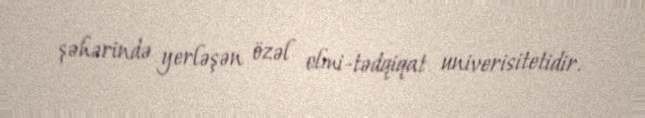
şəhərində yerləşən özəl elmi-tədqiqat univerisitetidir.